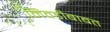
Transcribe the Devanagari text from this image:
निवडीबाबत